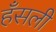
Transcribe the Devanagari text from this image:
हँसली